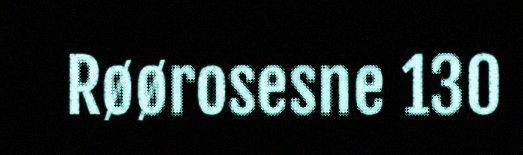
Røørosesne 130